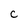
Character: C